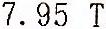
7.95 T